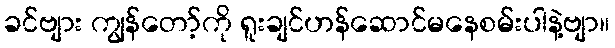
ခင်ဗျား ကျွန်တော့်ကို ရူးချင်ဟန်ဆောင်မနေစမ်းပါနဲ့ဗျာ။